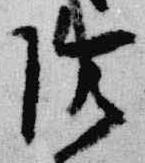
陰